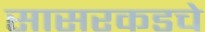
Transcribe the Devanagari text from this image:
सासरकडचे